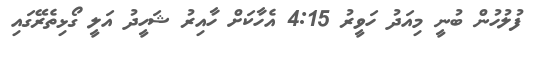
ފުލުހުން ބުނީ މިއަދު ހަވީރު 4:15 އެހާކަށް ހާއިރު ޝަހީދު އަލީ ގޯޅިތެރޭގައި